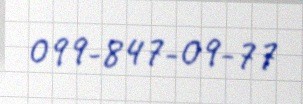
099-847-09-77